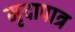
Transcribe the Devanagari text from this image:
मृदापात्र